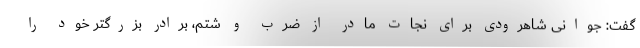
گفت: جوانی شاهرودی برای نجات مادر از ضرب و شتم، برادر بزرگتر خود را